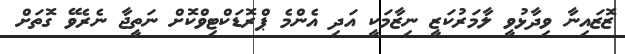
ޒޮޒައިނާ ވިދާޅުވީ ލާމަރުކަޒީ ނިޒާމަކީ އަދި އެންމެ ޕްރޮޑަކްޓިވްކޮށް ނަތީޖާ ނެރެވޭ ގޮތަށް